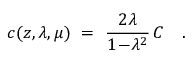
c ( z , \lambda , \mu ) ~ = ~ { \frac { 2 \lambda } { 1 \! - \! \lambda ^ { 2 } } } \, C ~ ~ ~ .